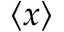
\langle x \rangle